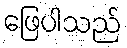
ဖြေပါသည်